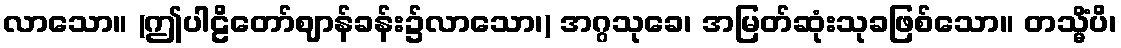
လာသော။ (ဤပါဠိတော်ဈာန်ခန်း၌လာသော၊) အဂ္ဂသုခေ၊ အမြတ်ဆုံးသုခဖြစ်သော။ တသ္မိံပိ၊